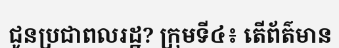
ជូនប្រជាពលរដ្ឋ? ក្រុមទី៤៖ តើព័ត៌មាន